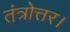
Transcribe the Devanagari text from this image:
तंत्रोत्तर।